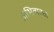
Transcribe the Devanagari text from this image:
अभिव्यक्ता